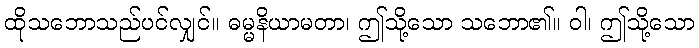
ထိုသဘောသည်ပင်လျှင်။ ဓမ္မနိယာမတာ၊ ဤသို့သော သဘော၏။ ဝါ၊ ဤသို့သော